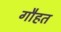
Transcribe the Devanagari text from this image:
गौहत